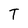
Character: T